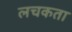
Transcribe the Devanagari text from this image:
लचकता